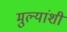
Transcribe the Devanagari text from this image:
मुल्यांशी